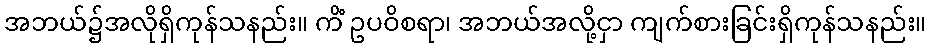
အဘယ်၌အလိုရှိကုန်သနည်း။ ကိံ ဥပဝိစရာ၊ အဘယ်အလို့ငှာ ကျက်စားခြင်းရှိကုန်သနည်း။